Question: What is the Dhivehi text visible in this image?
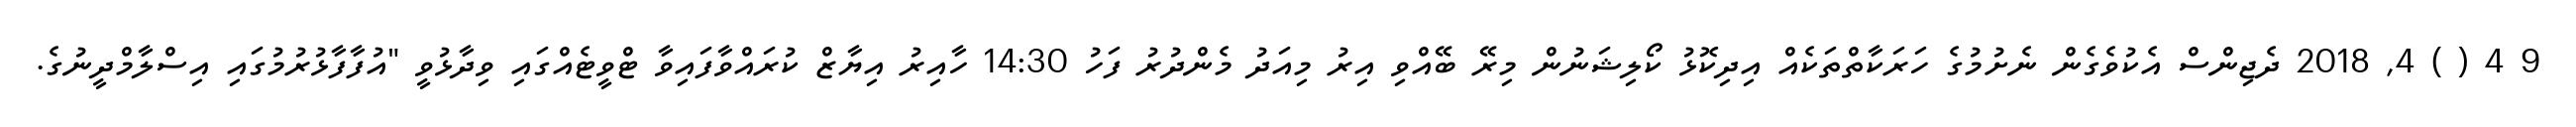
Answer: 9 4 ( ) 4, 2018 ދެޖިންސް އެކުވެގެން ނެށުމުގެ ހަރަކާތްތަކެއް އިދިކޮޅު ކޯލިޝަނުން މިރޭ ބޭއްވި އިރު މިއަދު މެންދުރު ފަހު 14:30 ހާއިރު އިޔާޒް ކުރައްވާފައިވާ ޓްވީޓެއްގައި ވިދާޅުވީ "އުފާފާޅުރުމުގައި އިސްލާމްދީނުގެ.